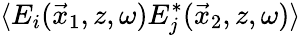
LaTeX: \langle E_{i}(\vec{x}_{1},z,\omega)E_{j}^{*}(\vec{x}_{2},z,\omega)\rangle